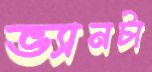
ভ্যানটা